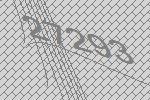
27293